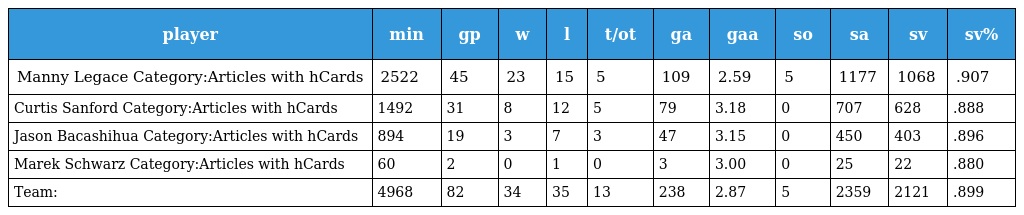
| player | min | gp | w | l | t/ot | ga | gaa | so | sa | sv | sv% |
 | --- | --- | --- | --- | --- | --- | --- | --- | --- | --- | --- | --- |
 | Manny Legace Category:Articles with hCards | 2522 | 45 | 23 | 15 | 5 | 109 | 2.59 | 5 | 1177 | 1068 | .907 |
 | Curtis Sanford Category:Articles with hCards | 1492 | 31 | 8 | 12 | 5 | 79 | 3.18 | 0 | 707 | 628 | .888 |
 | Jason Bacashihua Category:Articles with hCards | 894 | 19 | 3 | 7 | 3 | 47 | 3.15 | 0 | 450 | 403 | .896 |
 | Marek Schwarz Category:Articles with hCards | 60 | 2 | 0 | 1 | 0 | 3 | 3.00 | 0 | 25 | 22 | .880 |
 | Team: | 4968 | 82 | 34 | 35 | 13 | 238 | 2.87 | 5 | 2359 | 2121 | .899 |